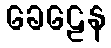
ခေဠေန